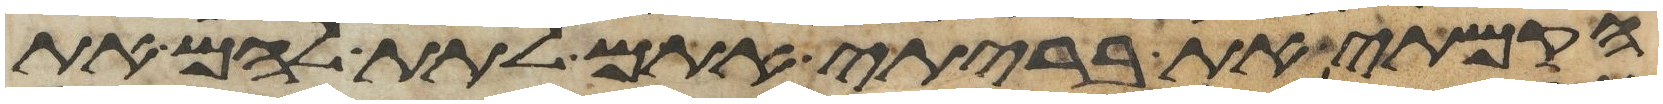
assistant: הקמתי את בריתי אתם לתת להם את